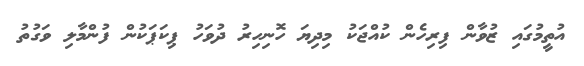
އުތީމުގައި ޒުވާން ފިރިހެން ކުއްޖަކު މިދިޔަ ހޮނިހިރު ދުވަހު ޕިކަޕަކުން ފުންމާލި ވަގުތު